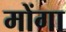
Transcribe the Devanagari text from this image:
मोंगा